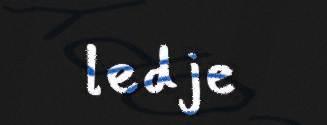
ledje